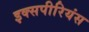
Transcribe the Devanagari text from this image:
इक्सपीरियंस